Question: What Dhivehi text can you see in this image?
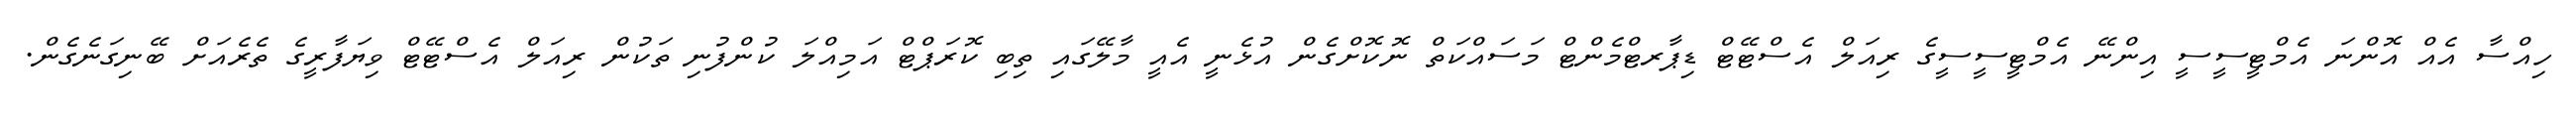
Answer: ހިއްސާ އެއް އޮންނަ އެމްޓީސީސީ އިންނޭ އެމްޓީސީސީގެ ރިއަލް އެސްޓޭޓް ޑިޕާރޓްމެންޓް މަސައްކަތް ނޮކޮށްގެން އުޅެނީ އެއީ މާލޭގައި ތިބި ކޮރަޕްޓް އަމިއްލަ ކުންފުނި ތަކުން ރިއަލް އެސްޓޭޓް ވިޔަފާރީގެ ތެރެއަށް ބޭނިގަނެގެން.